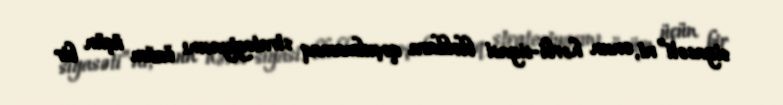
siyasəti”ni, onun hərbi-siyasi bloklara qoşulmamaq strategiyasını özüm üçün bir